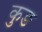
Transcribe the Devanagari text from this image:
कुङ